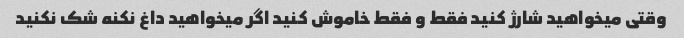
وقتی میخواهید شارژ کنید فقط و فقط خاموش کنید اگر میخواهید داغ نکنه شک نکنید